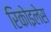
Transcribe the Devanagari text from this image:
रिकोइलेस